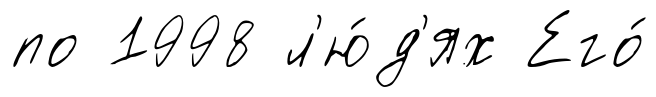
по 1998 л'ю́д'ях Его́